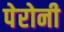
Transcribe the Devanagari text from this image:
पेरोनी